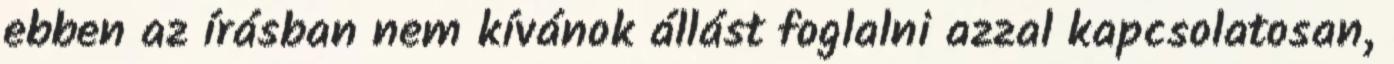
ebben az írásban nem kívánok állást foglalni azzal kapcsolatosan,